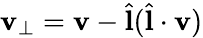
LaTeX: \textbf{v}_{\perp}=\textbf{v}-\hat{\textbf{l}}(\hat{\textbf{l}}\cdot\textbf{v})